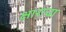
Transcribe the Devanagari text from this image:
क्षाराचा